Lunatic asylums Central Provinces reports 1895-1909 - 1895-1909
Year: 1895
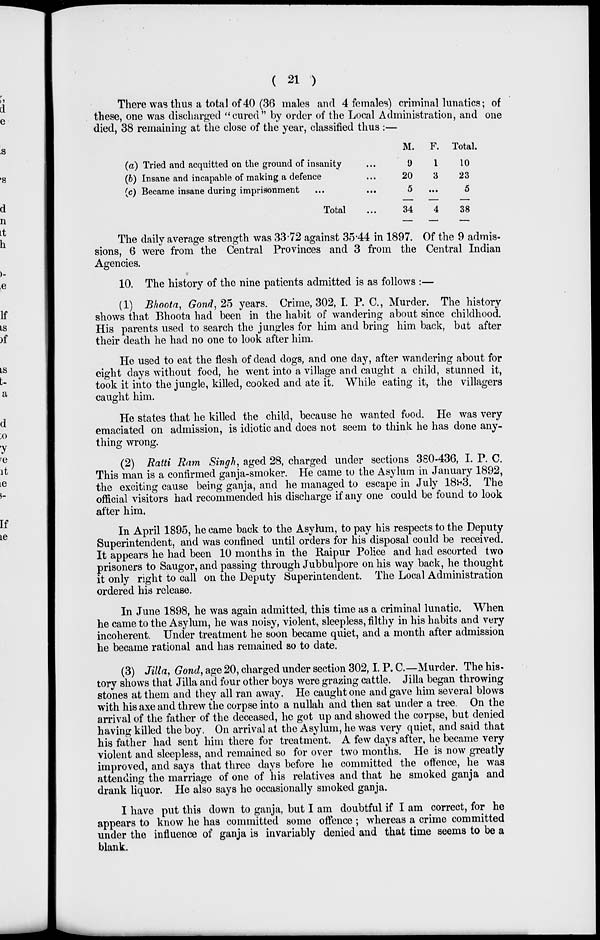
( 21 )
There was thus a total of 40 (36 males and 4 females) criminal lunatics; of
these, one was discharged "cured" by order of the Local Administration, and one
died, 38 remaining at the close of the year, classified thus :—
(a) Tried and acquitted on the ground of insanity ...
(b) Insane and incapable of making a defence ...
(c) Became insane during imprisonment ...
Total ...
M.
9
20
5
34
F.
1
3
...
4
Total.
10
23
5
38
The daily average strength was 33.72 against 35.44 in 1897. Of the 9 admis-
sions, 6 were from the Central Provinces and 3 from the Central Indian
Agencies.
10. The history of the nine patients admitted is as follows :—
(1) Bhoota, Gond, 25 years. Crime, 302, I. P. C., Murder. The history
shows that Bhoota had been in the habit of wandering about since childhood.
His parents used to search the jungles for him and bring him back, but after
their death he had no one to look after him.
He used to eat the flesh of dead dogs, and one day, after wandering about for
eight days without food, he went into a village and caught a child, stunned it,
took it into the jungle, killed, cooked and ate it. While eating it, the villagers
caught him.
He states that he killed the child, because he wanted food. He was very
emaciated on admission, is idiotic and does not seem to think he has done any-
thing wrong.
(2) Ratti Ram Singh, aged 28, charged under sections 380-436, I. P. C.
This man is a confirmed ganja-smoker. He came to the Asylum in January 1892,
the exciting cause being ganja, and he managed to escape in July 1893. The
official visitors had recommended his discharge if any one could be found to look
after him.
In April 1895, he came back to the Asylum, to pay his respects to the Deputy
Superintendent, and was confined until orders for his disposal could be received.
It appears he had been 10 months in the Raipur Police and had escorted two
prisoners to Saugor, and passing through Jubbulpore on his way back, he thought
it only right to call on the Deputy Superintendent. The Local Administration
ordered his release.
In June 1898, he was again admitted, this time as a criminal lunatic. When
he came to the Asylum, he was noisy, violent, sleepless, filthy in his habits and very
incoherent. Under treatment he soon became quiet, and a month after admission
he became rational and has remained so to date.
(3) Jilla, Gond, age 20, charged under section 302,I. P. C.—Murder. The his-
tory shows that Jilla and four other boys were grazing cattle. Jilla began throwing
stones at them and they all ran away. He caught one and gave him several blows
with his axe and threw the corpse into a nullah and then sat under a tree. On the
arrival of the father of the deceased, he got up and showed the corpse, but denied
having killed the boy. On arrival at the Asylum, he was very quiet, and said that
his father had sent him there for treatment. A few days after, he became very
violent and sleepless, and remained so for over two months. He is now greatly
improved, and says that three days before he committed the offence, he was
attending the marriage of one of his relatives and that he smoked ganja and
drank liquor. He also says he occasionally smoked ganja.
I have put this down to ganja, but I am doubtful if I am correct, for he
appears to know he has committed some offence ; whereas a crime committed
under the influence of ganja is invariably denied and that time seems to be a
blank.